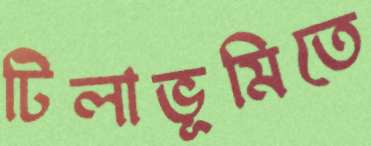
টিলাভূমিতে